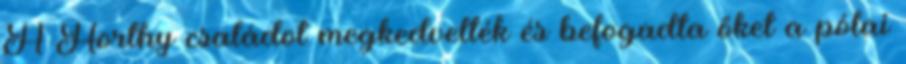
A Horthy családot megkedvelték és befogadta őket a pólai